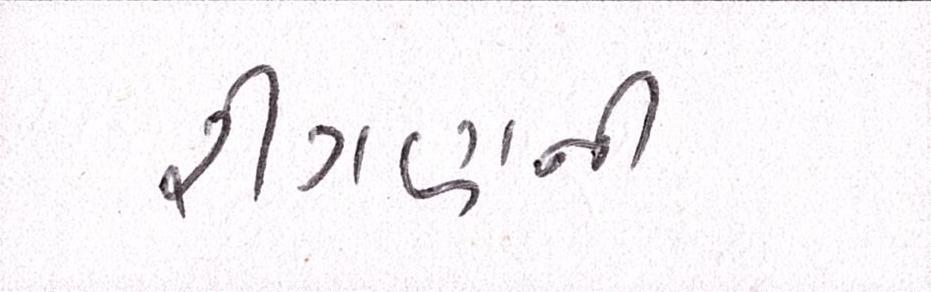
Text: રીંગણની